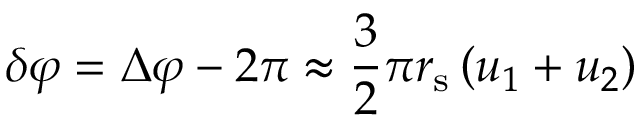
\delta \varphi = \Delta \varphi - 2 \pi \approx { \frac { 3 } { 2 } } \pi r _ { \mathrm { s } } \left( u _ { 1 } + u _ { 2 } \right)